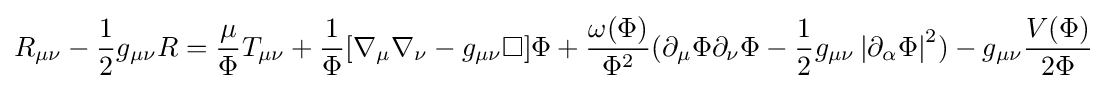
R_{\mu \nu }-{\frac {1}{2}}g_{\mu \nu }R={\frac {\mu }{\Phi }}T_{\mu \nu }+{\frac {1}{\Phi }}[\nabla _{\mu }\nabla _{\nu }-g_{\mu \nu }\Box ]\Phi +{\frac {\omega (\Phi )}{\Phi ^{2}}}(\partial _{\mu }\Phi \partial _{\nu }\Phi -{\frac {1}{2}}g_{\mu \nu }\left|\partial _{\alpha }\Phi \right|^{2})-g_{\mu \nu }{\frac {V(\Phi )}{2\Phi }}